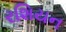
રશિયન